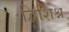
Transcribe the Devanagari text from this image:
द्विशिश्न